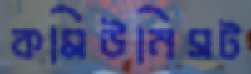
কমিউনিসট